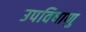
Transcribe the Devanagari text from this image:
उपविषाणु